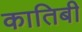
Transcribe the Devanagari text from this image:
कातिबी